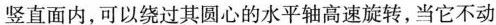
竖直面内，可以绕过其圆心的水平轴高速旋转，当它不动